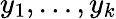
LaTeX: y_{1},\ldots,y_{k}